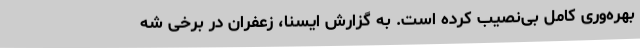
بهره‌وری کامل بی‌نصیب کرده است. به گزارش ایسنا، زعفران در برخی شه